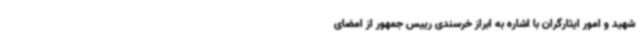
شهید و امور ایثارگران با اشاره به ابراز خرسندی رییس جمهور از امضای